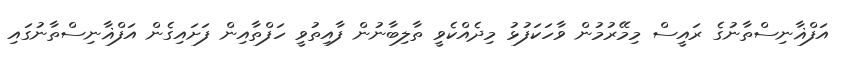
އަފްޣާނިސްތާނުގެ ރައީސް މިމޭރުމުން ވާހަކަފުޅު މިދެއްކެވީ ތާލިބާނުން ފާއިތުވީ ހަފްތާއިން ފަށައިގެން އަފްޣާނިސްތާނުގައި